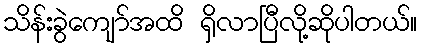
သိန်းခွဲကျော်အထိ ရှိလာပြီလို့ဆိုပါတယ်။